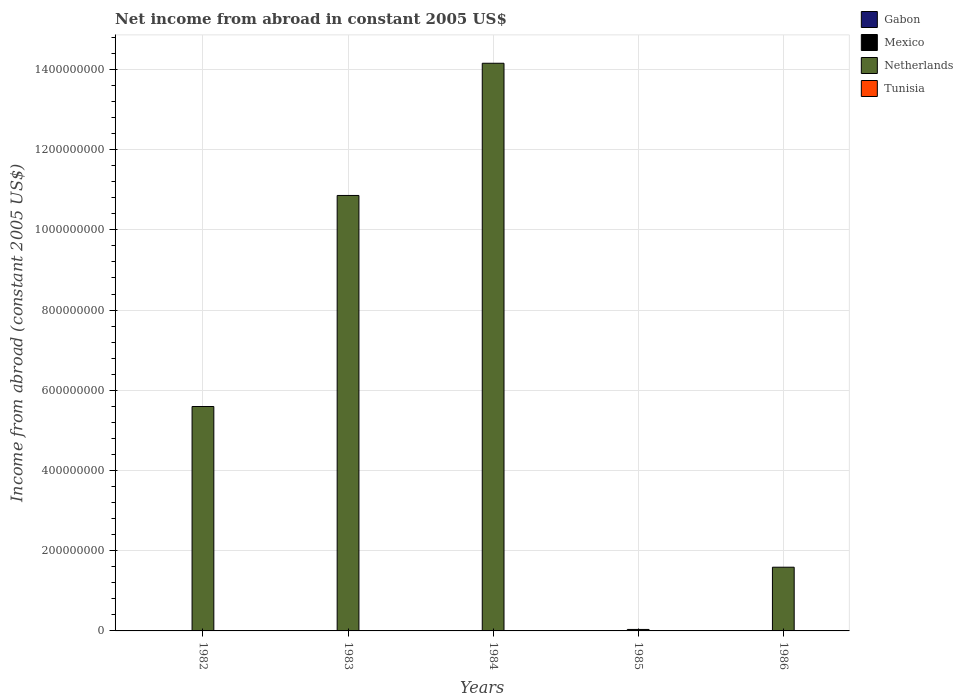
| Years | Gabon | Mexico | Netherlands | Tunisia |
 | --- | --- | --- | --- | --- |
 | 1982 | -3.13e+08 | -1.23e+10 | 5.59e+08 | -2.94e+08 |
 | 1983 | -2.95e+08 | -9.12e+09 | 1.09e+09 | -2.67e+08 |
 | 1984 | -2.24e+08 | -1.01e+10 | 1.42e+09 | -2.54e+08 |
 | 1985 | -2.44e+08 | -9e+09 | 3.67e+06 | -3.52e+08 |
 | 1986 | -2.47e+08 | -7.52e+09 | 1.59e+08 | -4.22e+08 |